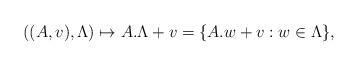
LaTeX: \begin{align*} ((A,v), \Lambda) \mapsto A.\Lambda +v =\{A.w +v : w \in \Lambda\},\end{align*}